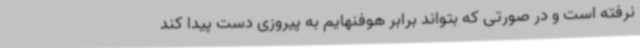
نرفته است و در صورتی که بتواند برابر هوفنهایم به پیروزی دست پیدا کند